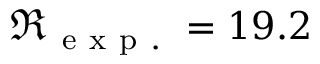
\Re _ { \mathrm { ~ e ~ x ~ p ~ . ~ } } = 1 9 . 2